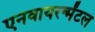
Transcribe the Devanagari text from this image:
एनवायरन्मेंटल